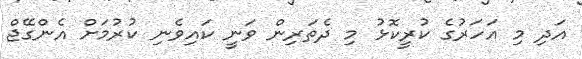
އަދި މި އަހަރުގެ ކުރީކޮޅު މި ދެތަރިން ވަނީ ކައިވެނި ކުރުމަށް އެންގޭޖް